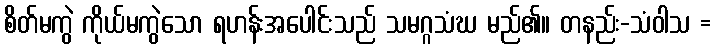
စိတ်မကွဲ ကိုယ်မကွဲသော ရဟန်းအပေါင်းသည် သမဂ္ဂသံဃ မည်၏။ တနည်း-သံဝါသ =